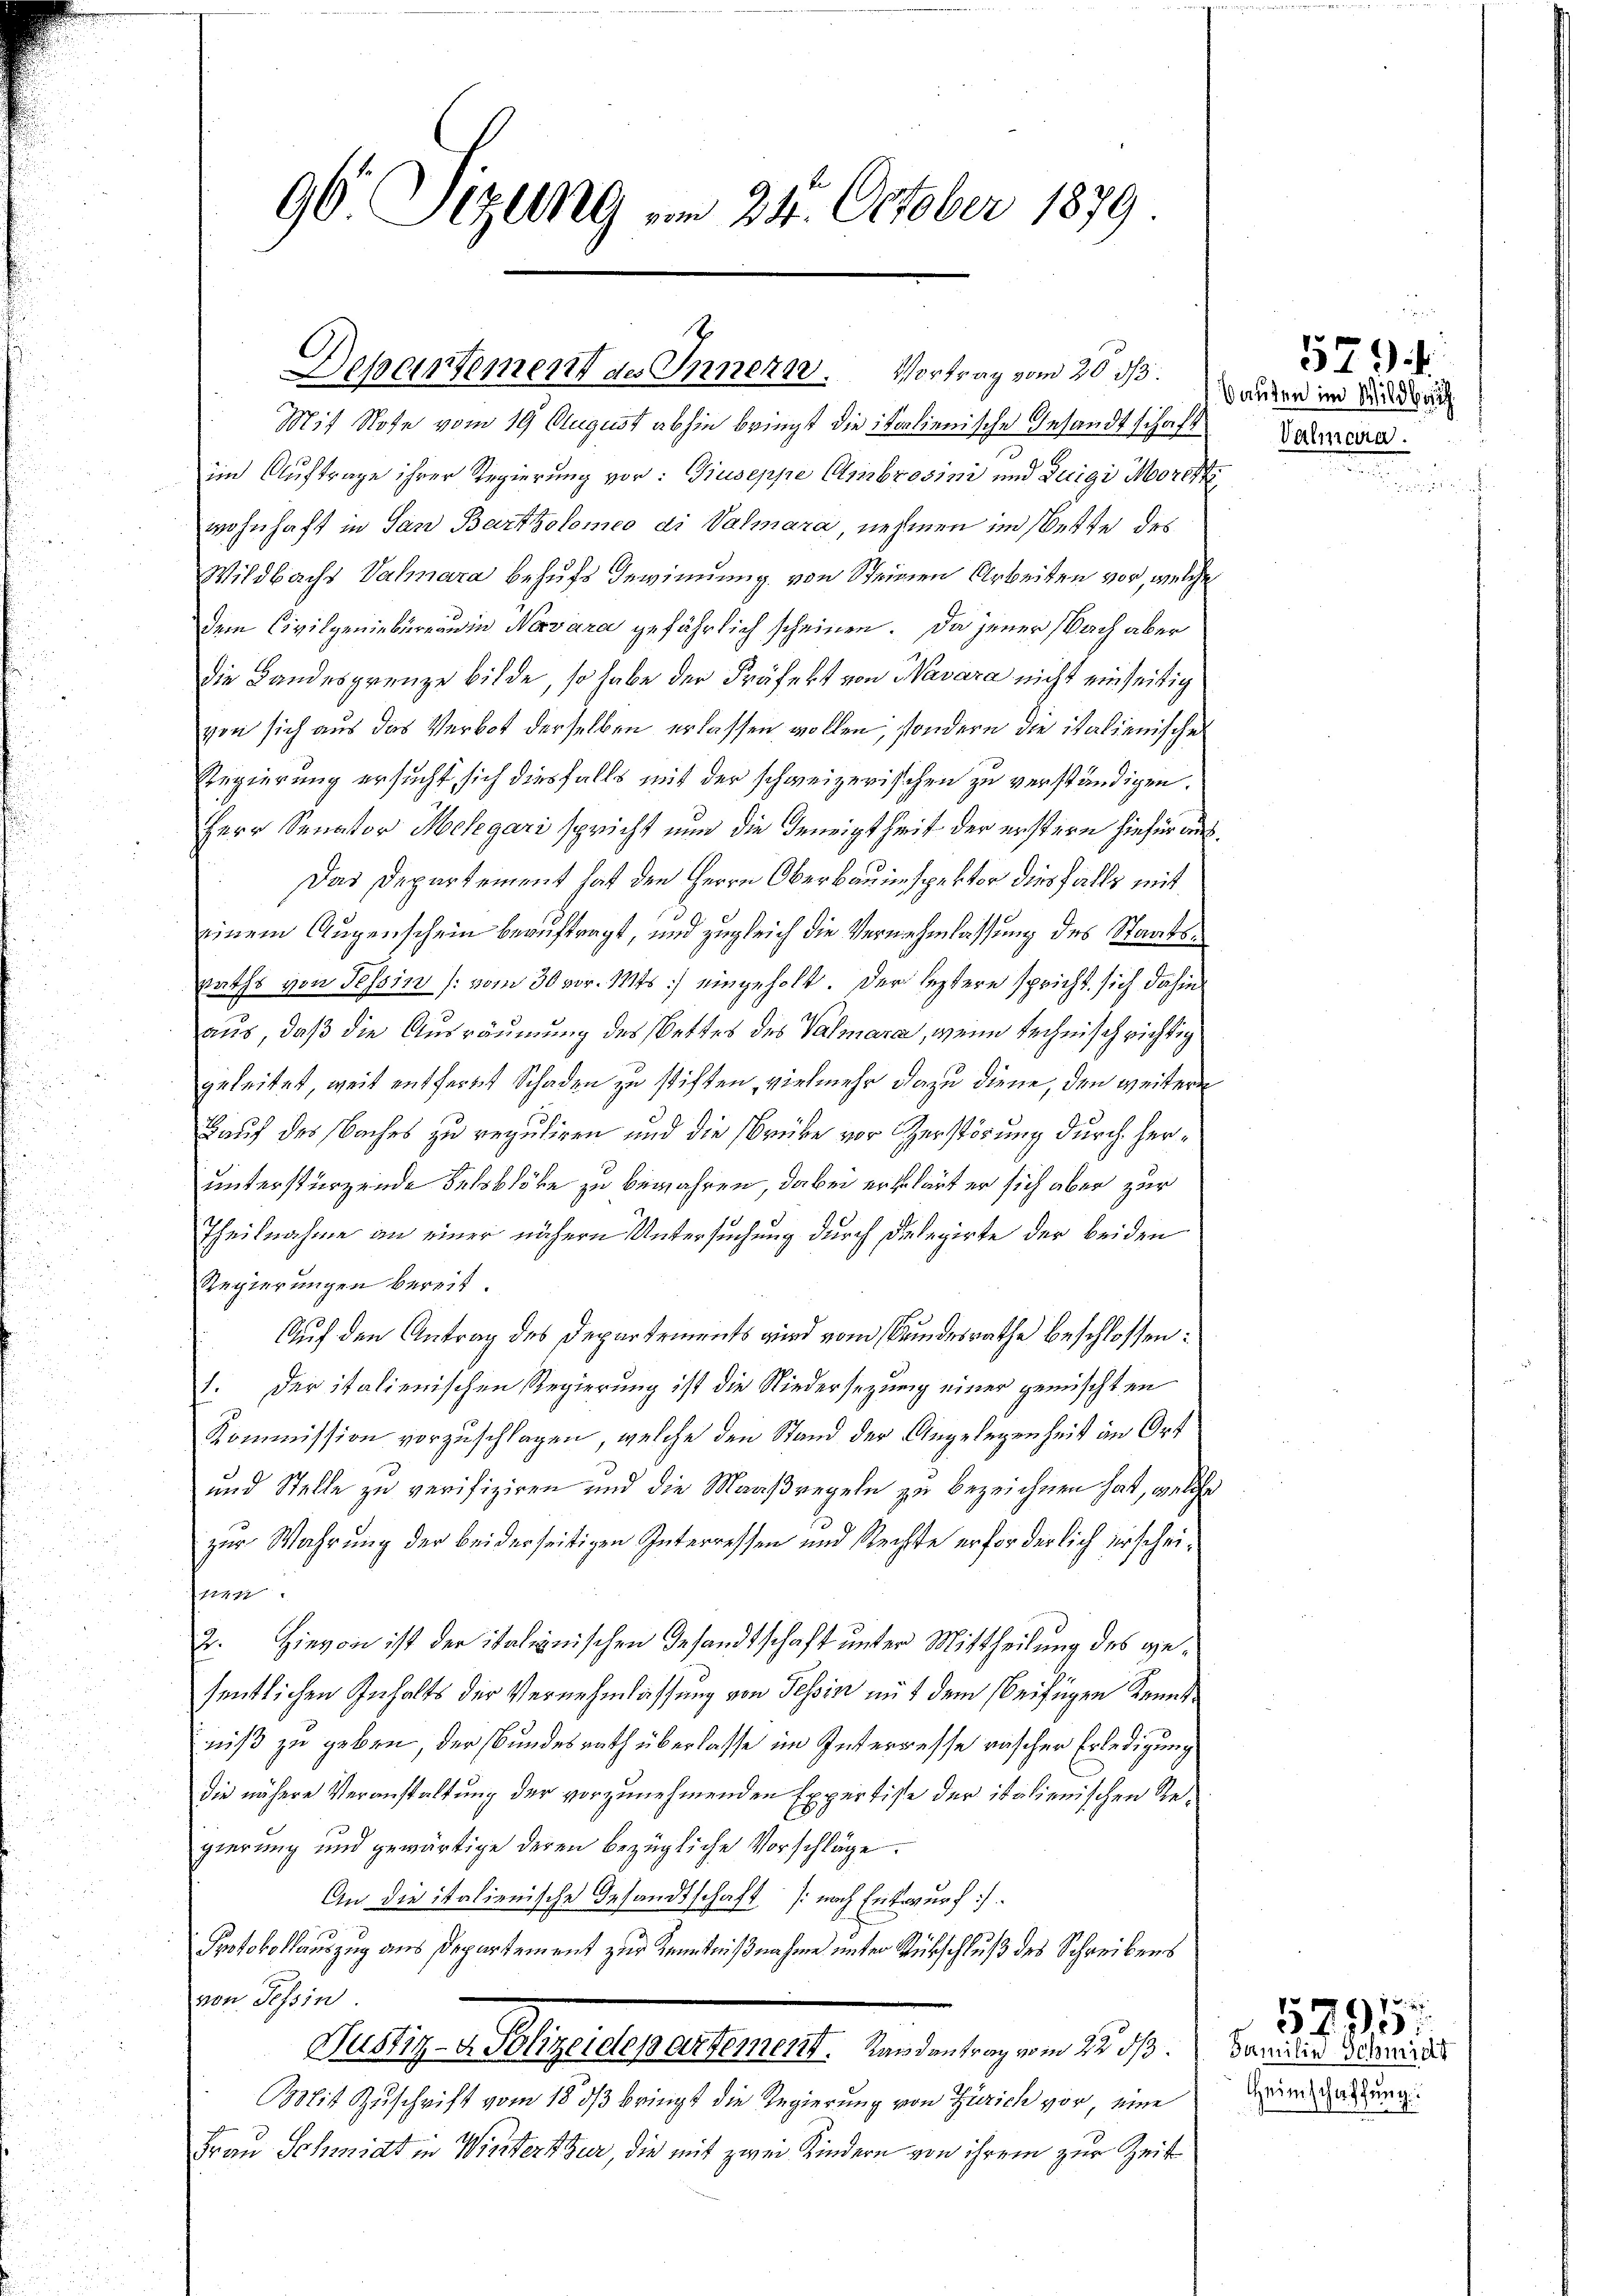
96 Sizung am 24. October 1879.

Departement des Innern. Vortrag vom 20. ds.

Mit Note vom 19 August abhin bringt die italienische Gesandtschaft
im Auftrage ihrer Regierung vor: Giuseppe Ambrosini und Luigi Morekti
wohnhaft in San Bartholomeo di Valmara nehmen im stette des
Wildbachs Valmara behufs Gewinnung von Steinen Arbeiten vor, welche
dem Civilgeniebureau in Narvara gefährlich scheinen. Da jener Nach aber
die Landesgrenze bilde, so habe der Präfekt von Havara nicht einseitig
von sich aus das Verbot derselben erlassen wollen, sondern die italienisches
Regierung ersucht, sich diesfalls mit der schweizerischen zu verständigen.
Herr Senator Melegari spricht nun die Geneigtheit der erstern hiefür aus¬
Das Departement hat den Herrn Oberbauinspektor diesfalls mit
einem Augenschein beauftragt, und zugleich die Vernehmlassung des Staats¬
Raths von Tessin (vom 30 vor. Mts.) eingeholt. Der leztere spricht sich dahin
aus, daß die Ausräumung des Bettes des Valmara, wenn technisch richtig
geleitet, weit entfernt Schaden zu stiften, vielmehr dazu diene, den weitere
Kauf des Baches zu reguliren und die Brüke vor Zerstörung durch herunterstürzende Felsblöcke zu bewahren, dabei erklärt er sich aber zur
Theilnahme an einer nähern Untersuchung durch Delegirte der beiden
Regierungen bereit.
Auf den Antrag des Departements wird vom Bundesrathe beschlossen:
1. Der italienischen Regierung ist die Niedersezung einer gemischten
Kommission vorzuschlagen, welche den Stand der Angelegenheit in Ort
und Stelle zu verifiziren und die Maaßregeln zu bezeichnen hat, welche
zur Wahrung der beiderseitigen Interressen und Rechte erforderlich zerscheinen.
2. Hievon ist der italienischen Gesandtschaft unter Mittheilung des gesentlichen Inhalts der Vernehmlassung von Tessin mit dem beifügen Kenntniß zu geben, der Bundesrath überlasse im Interresse rascher Erledigung
die nähere Veranstaltung der vorzunehmenden Expertisse der italienischen Regierung und gewärtige deren bezügliche Vorschläge.
An die italienische Gesandtschaft (nach Entwurf
Protokollauszug aus Departement zur Kenntnißnahme unter Rückschluß des Schreibens
von Tessin
ellig gelegelten ersteuert, inderlingen 15. 10.
Mit Zuschrift vom 18. ds bringt die Regierung von Zürich vor, eine
Frau Schmidt in Winterthur, die mit zwei Kindern von ihrem zur Zeit

Bauten im Wildbach
Valmara.

379.

Familie Schmidt
Heimschaffung

5795.